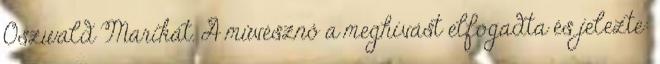
Oszwald Marikát. A mûvésznô a meghívást elfogadta és jelezte: